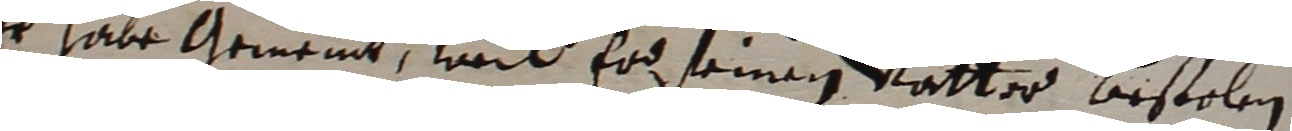
er habe gemeint, weil er seinem vatter bestolen